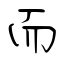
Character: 而